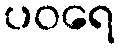
ပဝရေ